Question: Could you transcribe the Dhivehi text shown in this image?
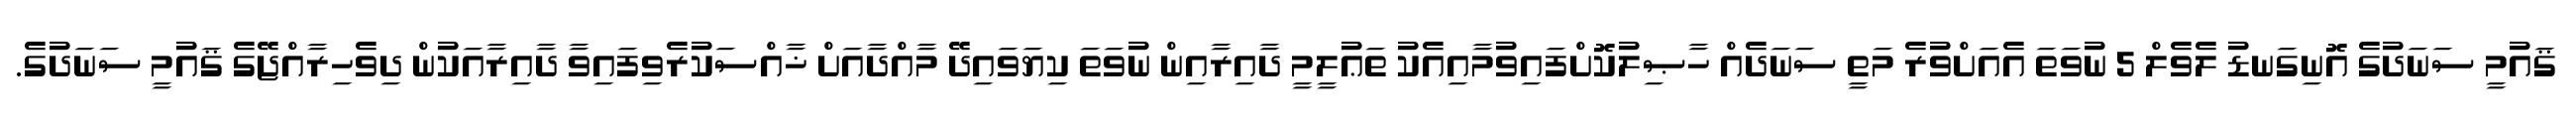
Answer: ޤައުމީ ސަނަދުގެ އޮނިގަނޑު ލެވެލް 5 ނުވަތަ އެއަށްވުރެ މަތީ ސަނަދެއް ހާޞިލުކޮށްފައިވުމާއިއެކު ތަޢުލީމީ ދާއިރާއިން ނުވަތަ ކިޔަވައިދޭ މާއްދާއަށް ޚާއްސަކުރެވިފައިވާ ދާއިރާއަކުން ދިވެހިރާއްޖޭގެ ޤައުމީ ސަނަދުގެ.